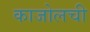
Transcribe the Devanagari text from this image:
काजोलची